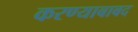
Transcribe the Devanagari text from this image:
करण्याबाबद